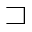
\sqsupset